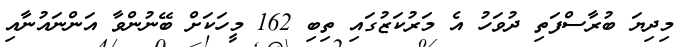
މިދިޔަ ބުރާސްފަތި ދުވަހު އެ މަރުކަޒުގައި ތިބި 162 މީހަކަށް ބޭނުންވާ އަންނައުނާއި